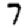
Digit: 7